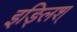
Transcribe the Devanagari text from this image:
इङ्लिश्